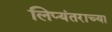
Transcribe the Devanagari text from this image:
लिप्यंतराच्या